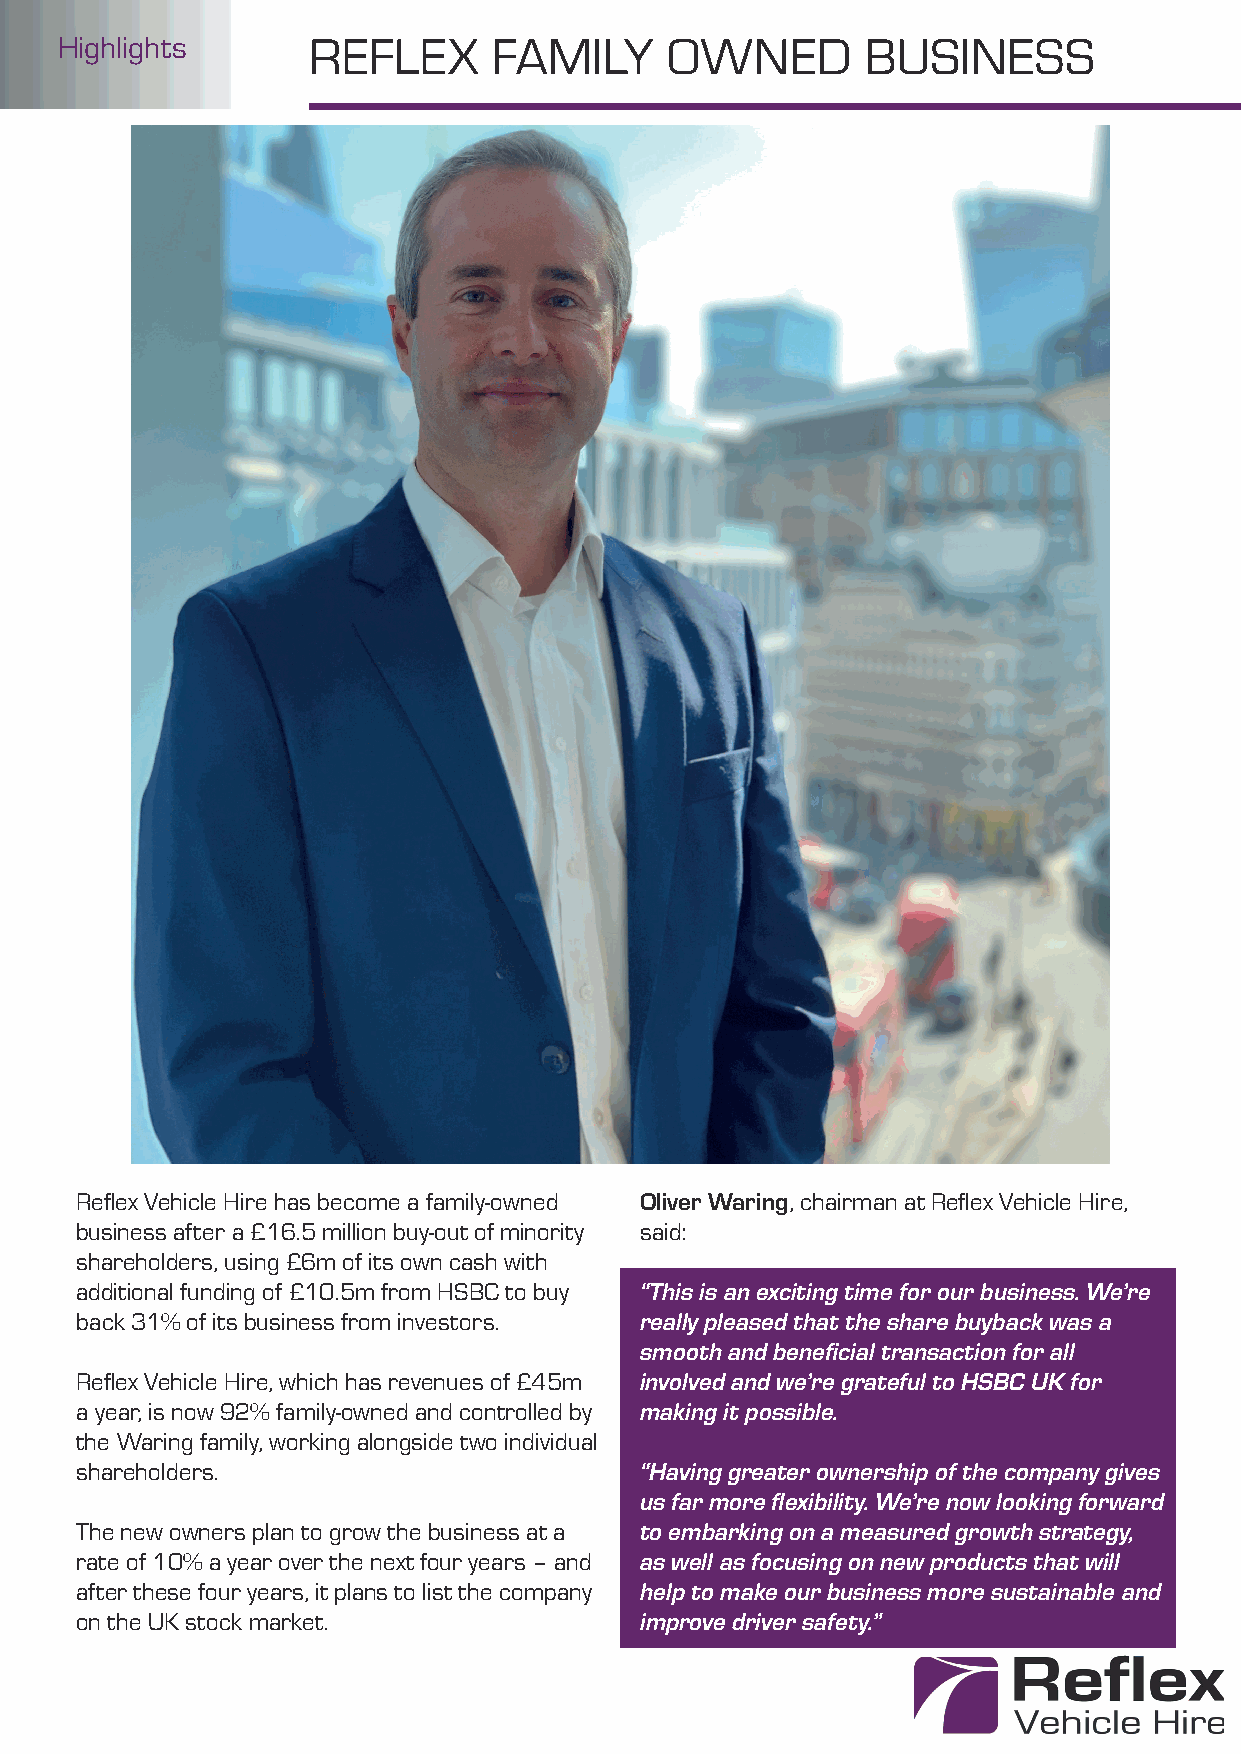
Highlights      REFLEX       FAMILY     OWNED        BUSINESS
 Refl ex Vehicle Hire has become a family-owned Oliver Waring, chairman at Refl ex Vehicle Hire,
 business after a £16.5 million buy-out of minority said:
 shareholders, using £6m of its own cash with
 additional funding of £10.5m from HSBC to buy “This is an exciting time for our business. We’re
 back 31% of its business from investors. really pleased that the share buyback was a
 smooth and benefi cial transaction for all
 Refl ex Vehicle Hire, which has revenues of £45m involved and we’re grateful to HSBC UK for
 a year, is now 92% family-owned and controlled by making it possible.
 the Waring family, working alongside two individual
 shareholders.                        “Having greater ownership of the company gives
 us far more fl exibility. We’re now looking forward
 The new owners plan to grow the business at a to embarking on a measured growth strategy,
 rate of 10% a year over the next four years – and as well as focusing on new products that will
 after these four years, it plans to list the company help to make our business more sustainable and
 on the UK stock market.              improve driver safety.”